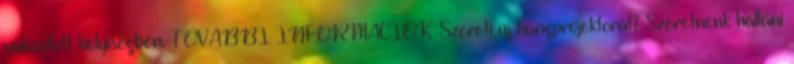
választott helyiségben. TOVÁBBI INFORMÁCIÓK Szereti új hangprojektorát? Szeretnénk hallani